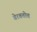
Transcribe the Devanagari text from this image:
बेरबतोव